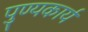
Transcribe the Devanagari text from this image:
पुण्यकार्य